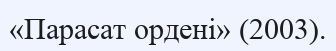
«Парасат ордені» (2003).